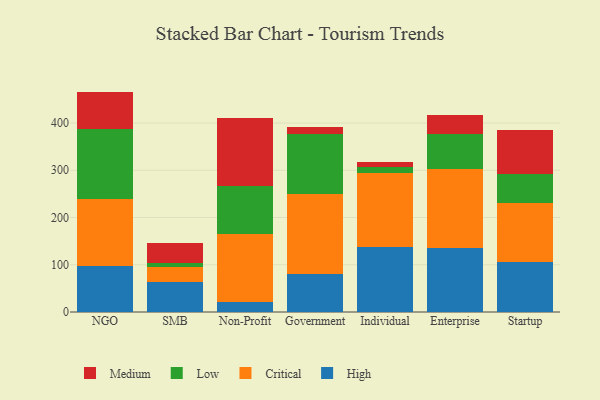
{"axis": {"x": "Segment", "y": "Active Users"}, "legend": ["Critical", "High", "Low", "Medium"], "data": [{"x": "NGO", "y": 98.4, "type": "High"}, {"x": "NGO", "y": 140.7, "type": "Critical"}, {"x": "NGO", "y": 147.3, "type": "Low"}, {"x": "NGO", "y": 80.1, "type": "Medium"}, {"x": "SMB", "y": 63.6, "type": "High"}, {"x": "SMB", "y": 32.2, "type": "Critical"}, {"x": "SMB", "y": 8.0, "type": "Low"}, {"x": "SMB", "y": 42.1, "type": "Medium"}, {"x": "Non-Profit", "y": 21.7, "type": "High"}, {"x": "Non-Profit", "y": 143.1, "type": "Critical"}, {"x": "Non-Profit", "y": 101.3, "type": "Low"}, {"x": "Non-Profit", "y": 144.5, "type": "Medium"}, {"x": "Government", "y": 80.5, "type": "High"}, {"x": "Government", "y": 168.3, "type": "Critical"}, {"x": "Government", "y": 128.3, "type": "Low"}, {"x": "Government", "y": 14.7, "type": "Medium"}, {"x": "Individual", "y": 138.2, "type": "High"}, {"x": "Individual", "y": 155.5, "type": "Critical"}, {"x": "Individual", "y": 14.1, "type": "Low"}, {"x": "Individual", "y": 9.7, "type": "Medium"}, {"x": "Enterprise", "y": 135.8, "type": "High"}, {"x": "Enterprise", "y": 167.4, "type": "Critical"}, {"x": "Enterprise", "y": 73.2, "type": "Low"}, {"x": "Enterprise", "y": 39.8, "type": "Medium"}, {"x": "Startup", "y": 105.8, "type": "High"}, {"x": "Startup", "y": 125.8, "type": "Critical"}, {"x": "Startup", "y": 60.1, "type": "Low"}, {"x": "Startup", "y": 94.2, "type": "Medium"}]}